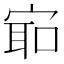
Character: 𫳛